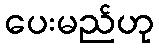
ပေးမည်ဟု